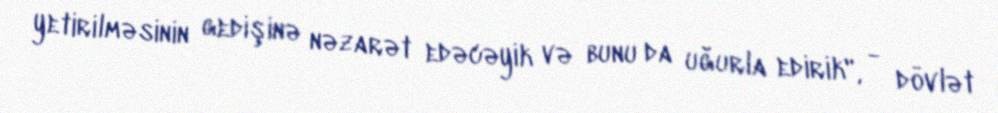
yetirilməsinin gedişinə nəzarət edəcəyik və bunu da uğurla edirik", - dövlət